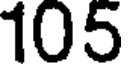
105